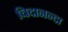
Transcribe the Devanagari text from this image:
चिदानन्दा